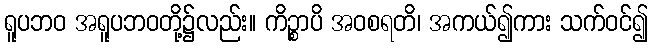
ရူပဘဝ အရူပဘဝတို့၌လည်း။ ကိဉ္စာပိ အဝစရတိ၊ အကယ်၍ကား သက်ဝင်၍